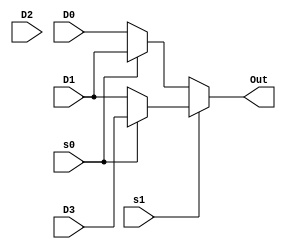
`timescale 1ns / 1ps
//////////////////////////////////////////////////////////////////////////////////
// Company: 
// Engineer: 
// 
// Design Name: 
// Module Name: conditional_oper
// Project Name: 
// Target Devices: 
// Tool Versions: 
// Description: 
// 
// Dependencies: 
// 
// Revision:
// Revision 0.01 - File Created
// Additional Comments:
// 
//////////////////////////////////////////////////////////////////////////////////


module conditional_oper(  output Out, input D0, D1, D2, D3, s0, s1 );
// 4 bit multiplexer 

assign Out = s1? (s0 ? D3: D1) : (s0? D1:D0);

endmodule